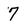
Character: 7